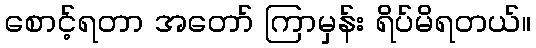
စောင့်ရတာ အတော် ကြာမှန်း ရိပ်မိရတယ်။